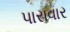
પારાવાર